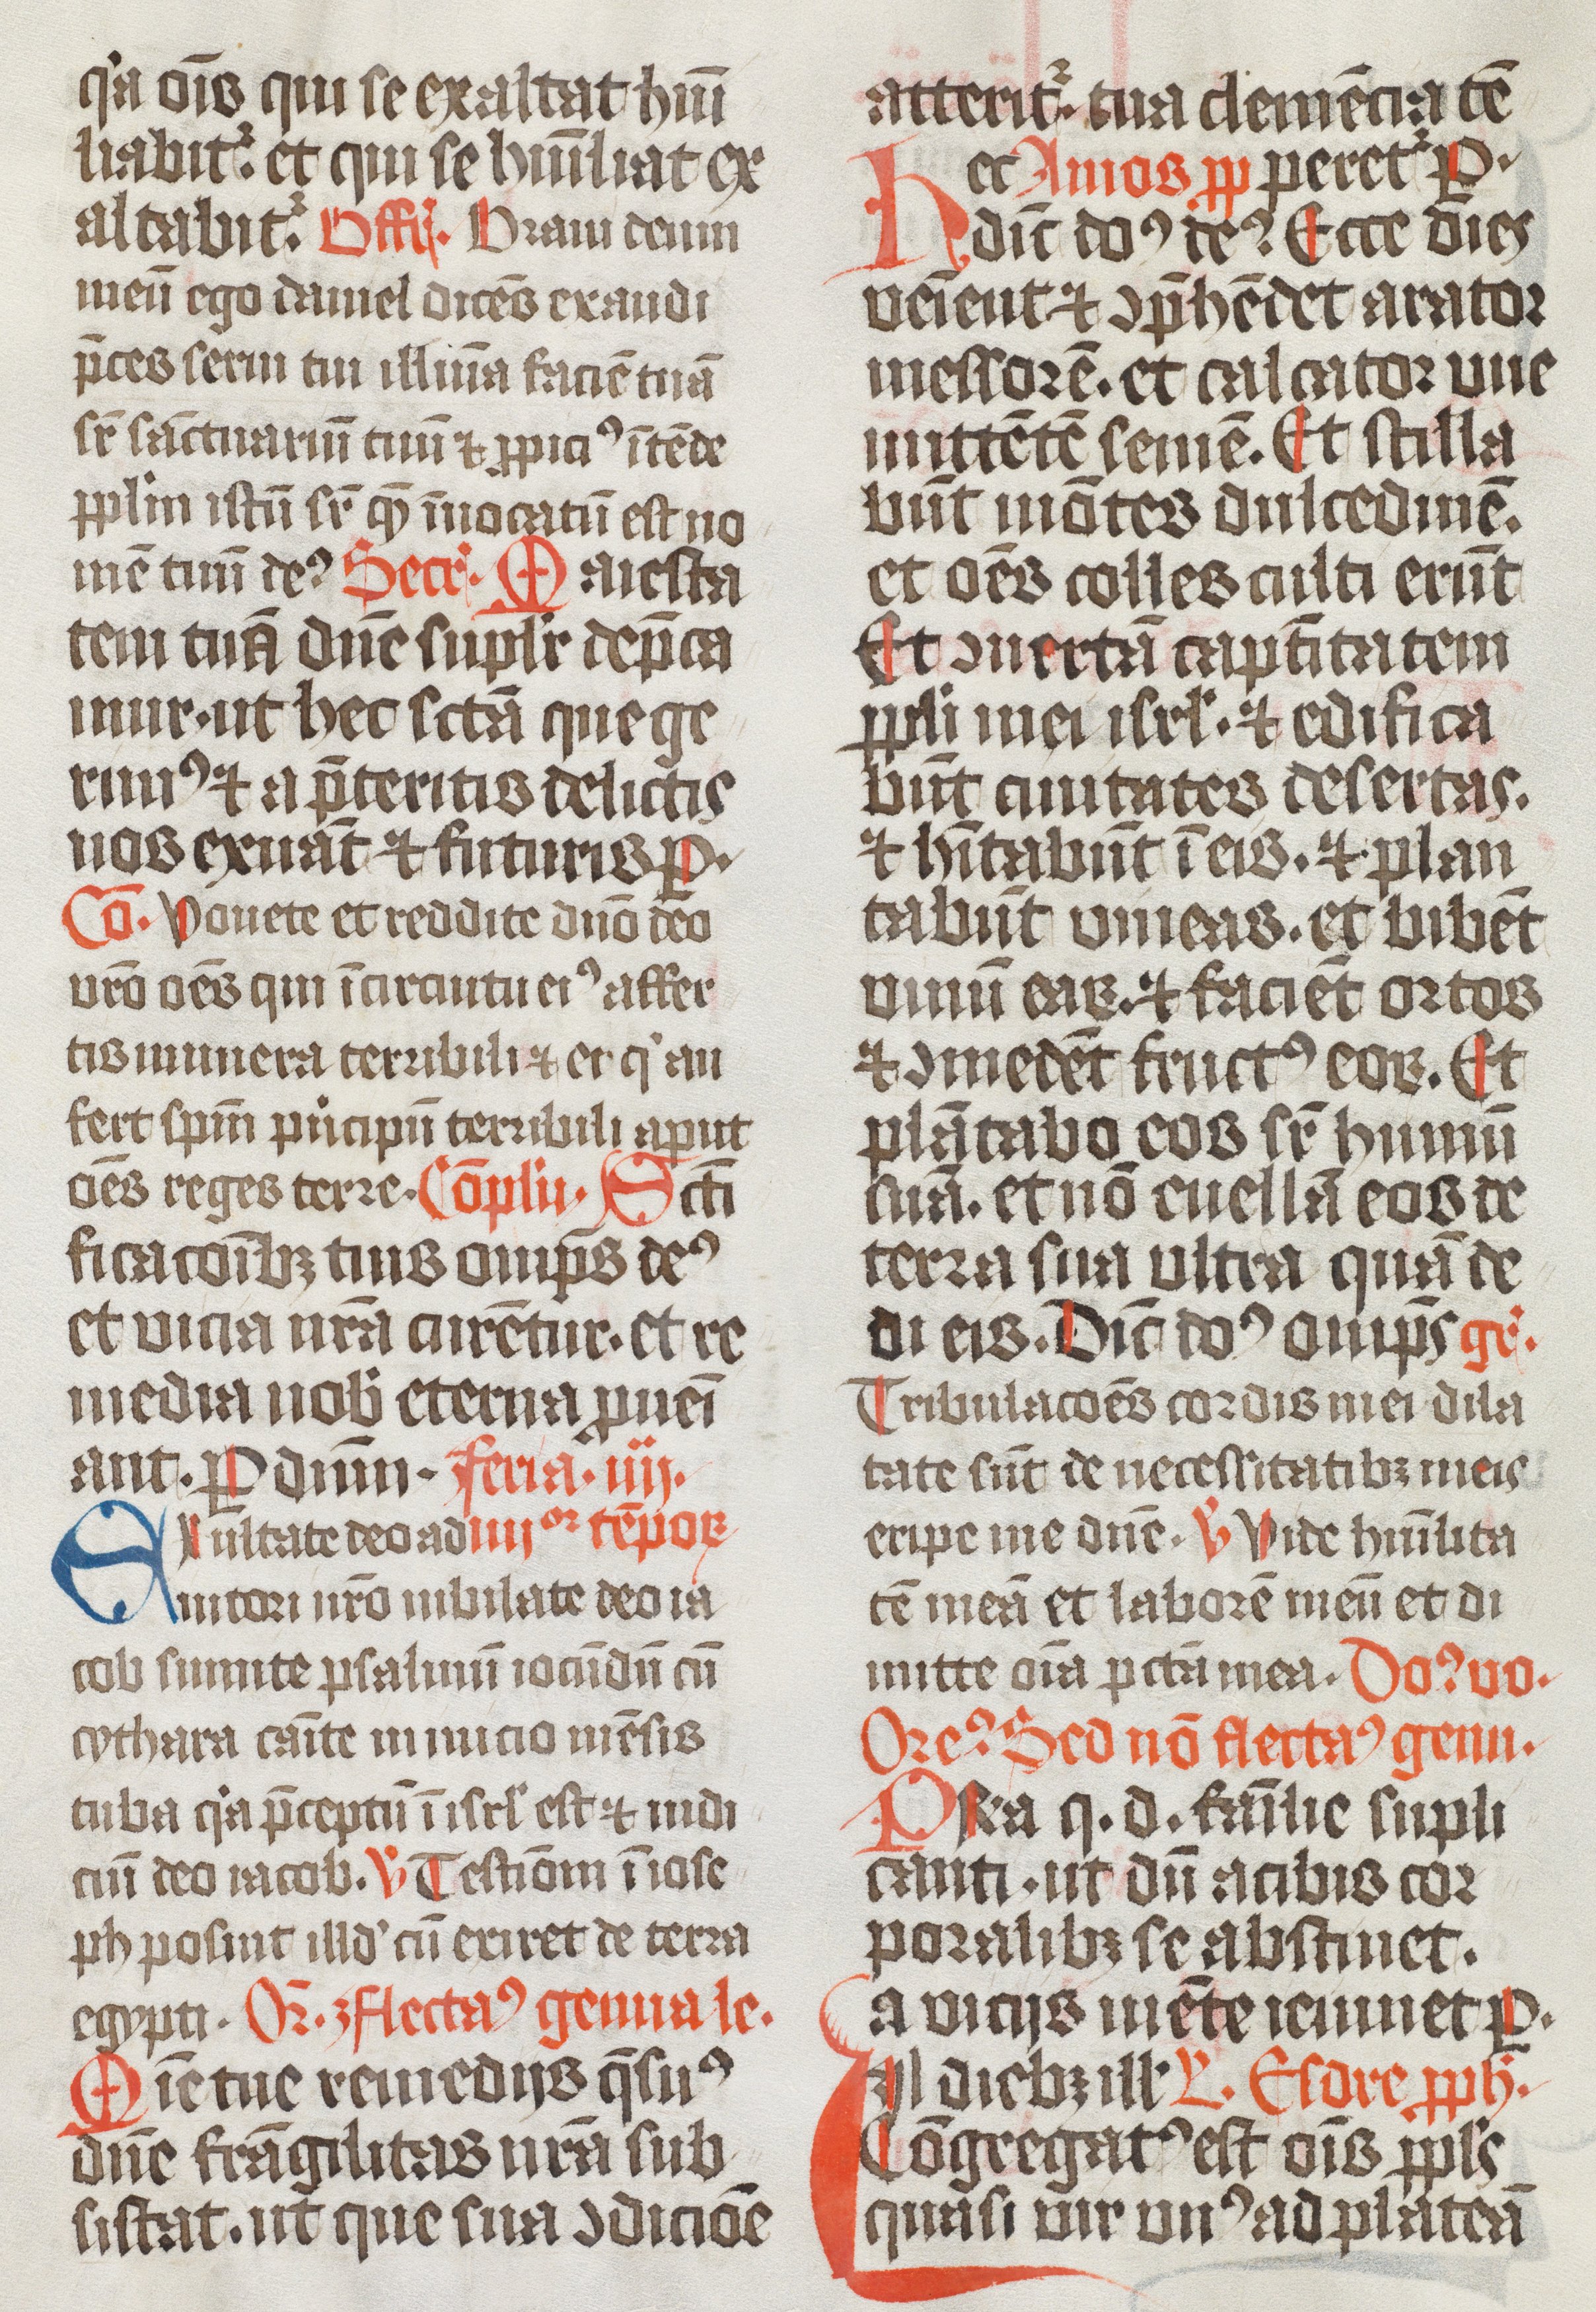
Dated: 1474–1476